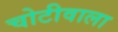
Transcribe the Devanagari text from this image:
चोटीवाला